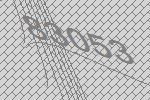
83053